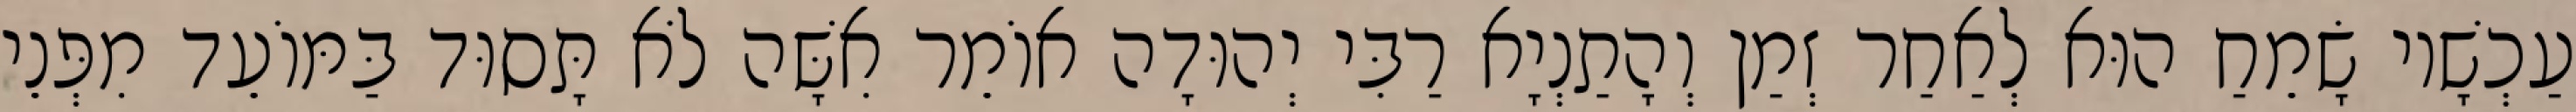
עַכְשָׁיו שָׂמֵחַ הוּא לְאַחַר זְמַן וְהָתַנְיָא רַבִּי יְהוּדָה אוֹמֵר אִשָּׁה לֹא תָּסוּד בַּמּוֹעֵד מִפְּנֵי